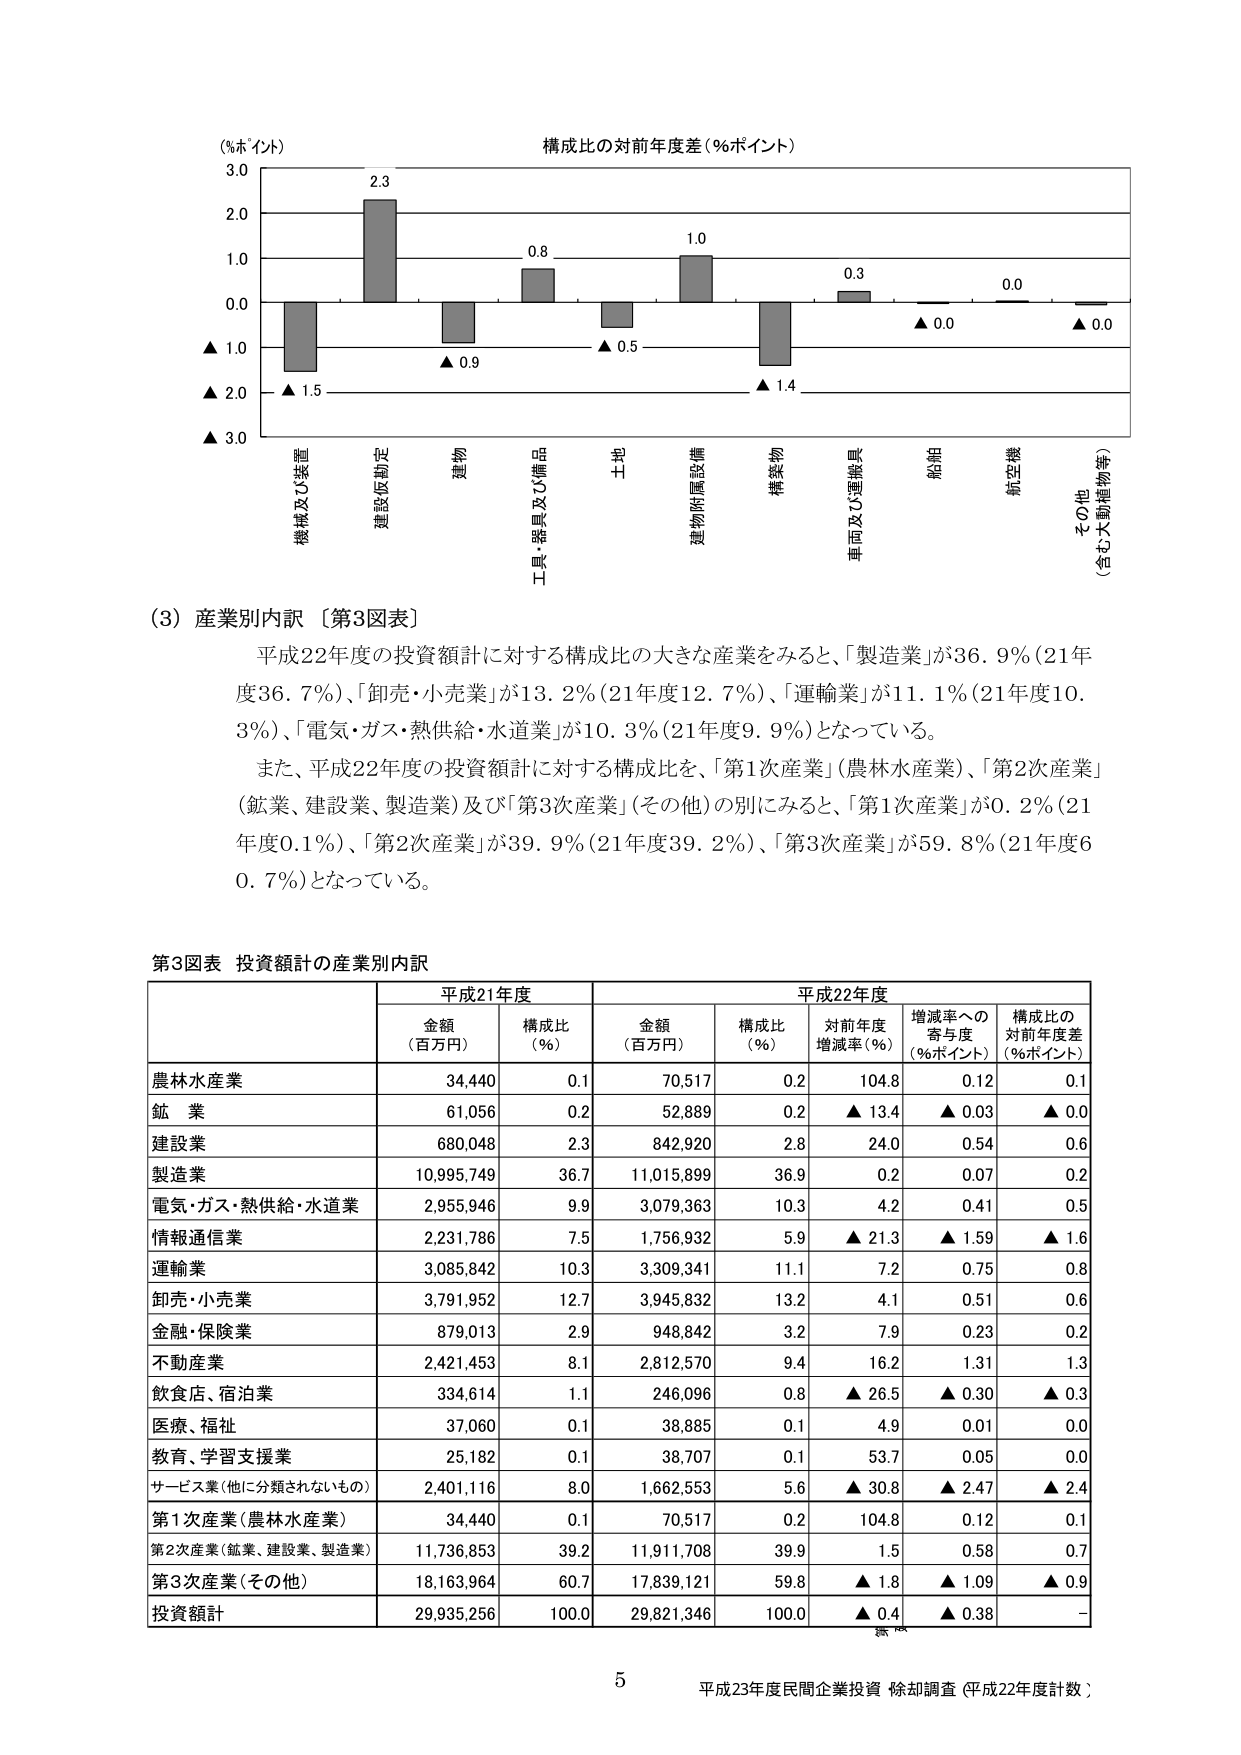
(%ポイント)
構成比の対前年度差(%ポイント)
3.0
2.3
2.0
0.8
1.0
1.0
0.3
0.0
0.0
0.0
▲ 1.0
▲ 0.9
▲ 0.5
▲ 1.4
▲ 2.0
▲ 1.5
▲ 3.0
機械及び装置
建設仮勘定
建物
工具・器具及び備品
土地
建物附属設備
構築物
車両及び運搬具
船舶
航空機
その他
(含む大型植物等)

(3) 産業別内訳〔第3図表〕
平成22年度の投資額計に対する構成比の大きな産業をみると、「製造業」が36.9%(21年度36.7%)、「卸売・小売業」が13.2%(21年度12.7%)、「運輸業」が11.1%(21年度10.3%)、「電気・ガス・熱供給・水道業」が10.3%(21年度9.9%)となっている。
また、平成22年度の投資額計に対する構成比を、「第1次産業」(農林水産業)、「第2次産業」(鉱業、建設業、製造業)及び「第3次産業」(その他)の別にみると、「第1次産業」が0.2%(21年度0.1%)、「第2次産業」が39.9%(21年度39.2%)、「第3次産業」が59.8%(21年度60.7%)となっている。

第3図表 投資額計の産業別内訳
平成21年度 平成22年度
金額 (百万円) 構成比 (%) 金額 (百万円) 構成比 (%) 対前年度 増減率(%) 増減率への 寄与度 (%ポイント) 構成比の 対前年度差 (%ポイント)
農林水産業 34,440 0.1 70,517 0.2 104.8 0.12 0.1
鉱業 61,056 0.2 52,889 0.2 ▲ 13.4 ▲ 0.03 ▲ 0.0
建設業 680,048 2.3 842,920 2.8 24.0 0.54 0.6
製造業 10,995,749 36.7 11,015,899 36.9 0.2 0.07 0.2
電気・ガス・熱供給・水道業 2,955,946 9.9 3,079,363 10.3 4.2 0.41 0.5
情報通信業 2,231,786 7.5 1,756,932 5.9 ▲ 21.3 ▲ 1.59 ▲ 1.6
運輸業 3,085,842 10.3 3,309,341 11.1 7.2 0.75 0.8
卸売・小売業 3,791,952 12.7 3,945,832 13.2 4.1 0.51 0.6
金融・保険業 879,013 2.9 948,842 3.2 7.9 0.23 0.2
不動産業 2,421,453 8.1 2,812,570 9.4 16.2 1.31 1.3
飲食店、宿泊業 334,614 1.1 246,096 0.8 ▲ 26.5 ▲ 0.30 ▲ 0.3
医療、福祉 37,060 0.1 38,885 0.1 4.9 0.01 0.0
教育、学習支援業 25,182 0.1 38,707 0.1 53.7 0.05 0.0
サービス業(他に分類されないもの) 2,401,116 8.0 1,662,553 5.6 ▲ 30.8 ▲ 2.47 ▲ 2.4
第1次産業(農林水産業) 34,440 0.1 70,517 0.2 104.8 0.12 0.1
第2次産業(鉱業、建設業、製造業) 11,736,853 39.2 11,911,708 39.9 1.5 0.58 0.7
第3次産業(その他) 18,163,964 60.7 17,839,121 59.8 ▲ 1.8 ▲ 1.09 ▲ 0.9
投資額計 29,935,256 100.0 29,821,346 100.0 ▲ 0.4 ▲ 0.38 -

5
平成23年度民間企業投資 除却調査 (平成22年度計数)